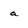
Character: a